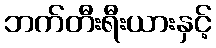
ဘက်တီးရီးယားနှင့်